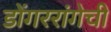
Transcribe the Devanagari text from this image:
डोंगररांगेची